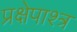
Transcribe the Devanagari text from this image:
प्रक्षेपाश्त्र